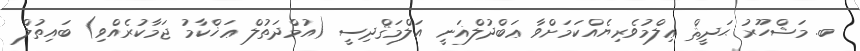
ބ. މަޝްހޫރު ޙަދީޘް ޢިލްމުވެރިޔެއްކަމަށްވާ ޢަބްދުލްޣަނީ އަލްމަޤްދިސީ (އުމްދަތުލް ޢަޚްކާމު ޖަމާކުރެއްވި) ބައިތުލް